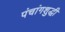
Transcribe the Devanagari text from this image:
पंचांगशुद्धी